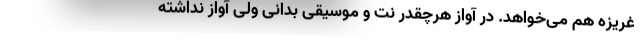
غریزه هم می‌خواهد. در آواز هرچقدر نت و موسیقی بدانی ولی آواز نداشته